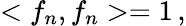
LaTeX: <f_{n},f_{n}>=1\, ,